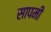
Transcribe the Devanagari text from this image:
सापमी